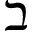
\beth